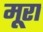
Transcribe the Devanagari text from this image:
मूरा